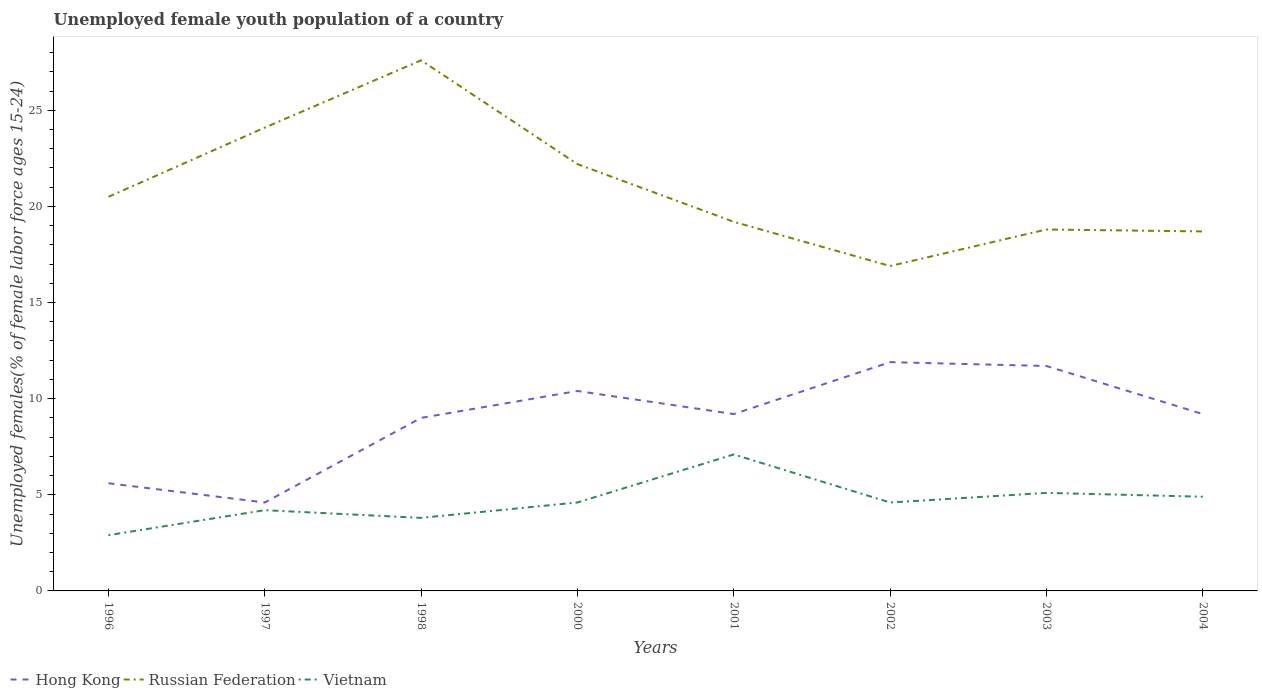
| Years | Hong Kong | Russian Federation | Vietnam |
 | --- | --- | --- | --- |
 | 1996 | 5.6 | 20.5 | 2.9 |
 | 1997 | 4.6 | 24.1 | 4.2 |
 | 1998 | 9 | 27.6 | 3.8 |
 | 2000 | 10.4 | 22.2 | 4.6 |
 | 2001 | 9.2 | 19.2 | 7.1 |
 | 2002 | 11.9 | 16.9 | 4.6 |
 | 2003 | 11.7 | 18.8 | 5.1 |
 | 2004 | 9.2 | 18.7 | 4.9 |